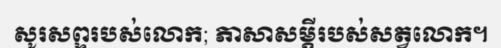
សូរសព្ទរបស់លោក; ភាសាសម្តីរបស់សត្វលោក។